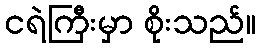
ငရဲကြီးမှာ စိုးသည်။